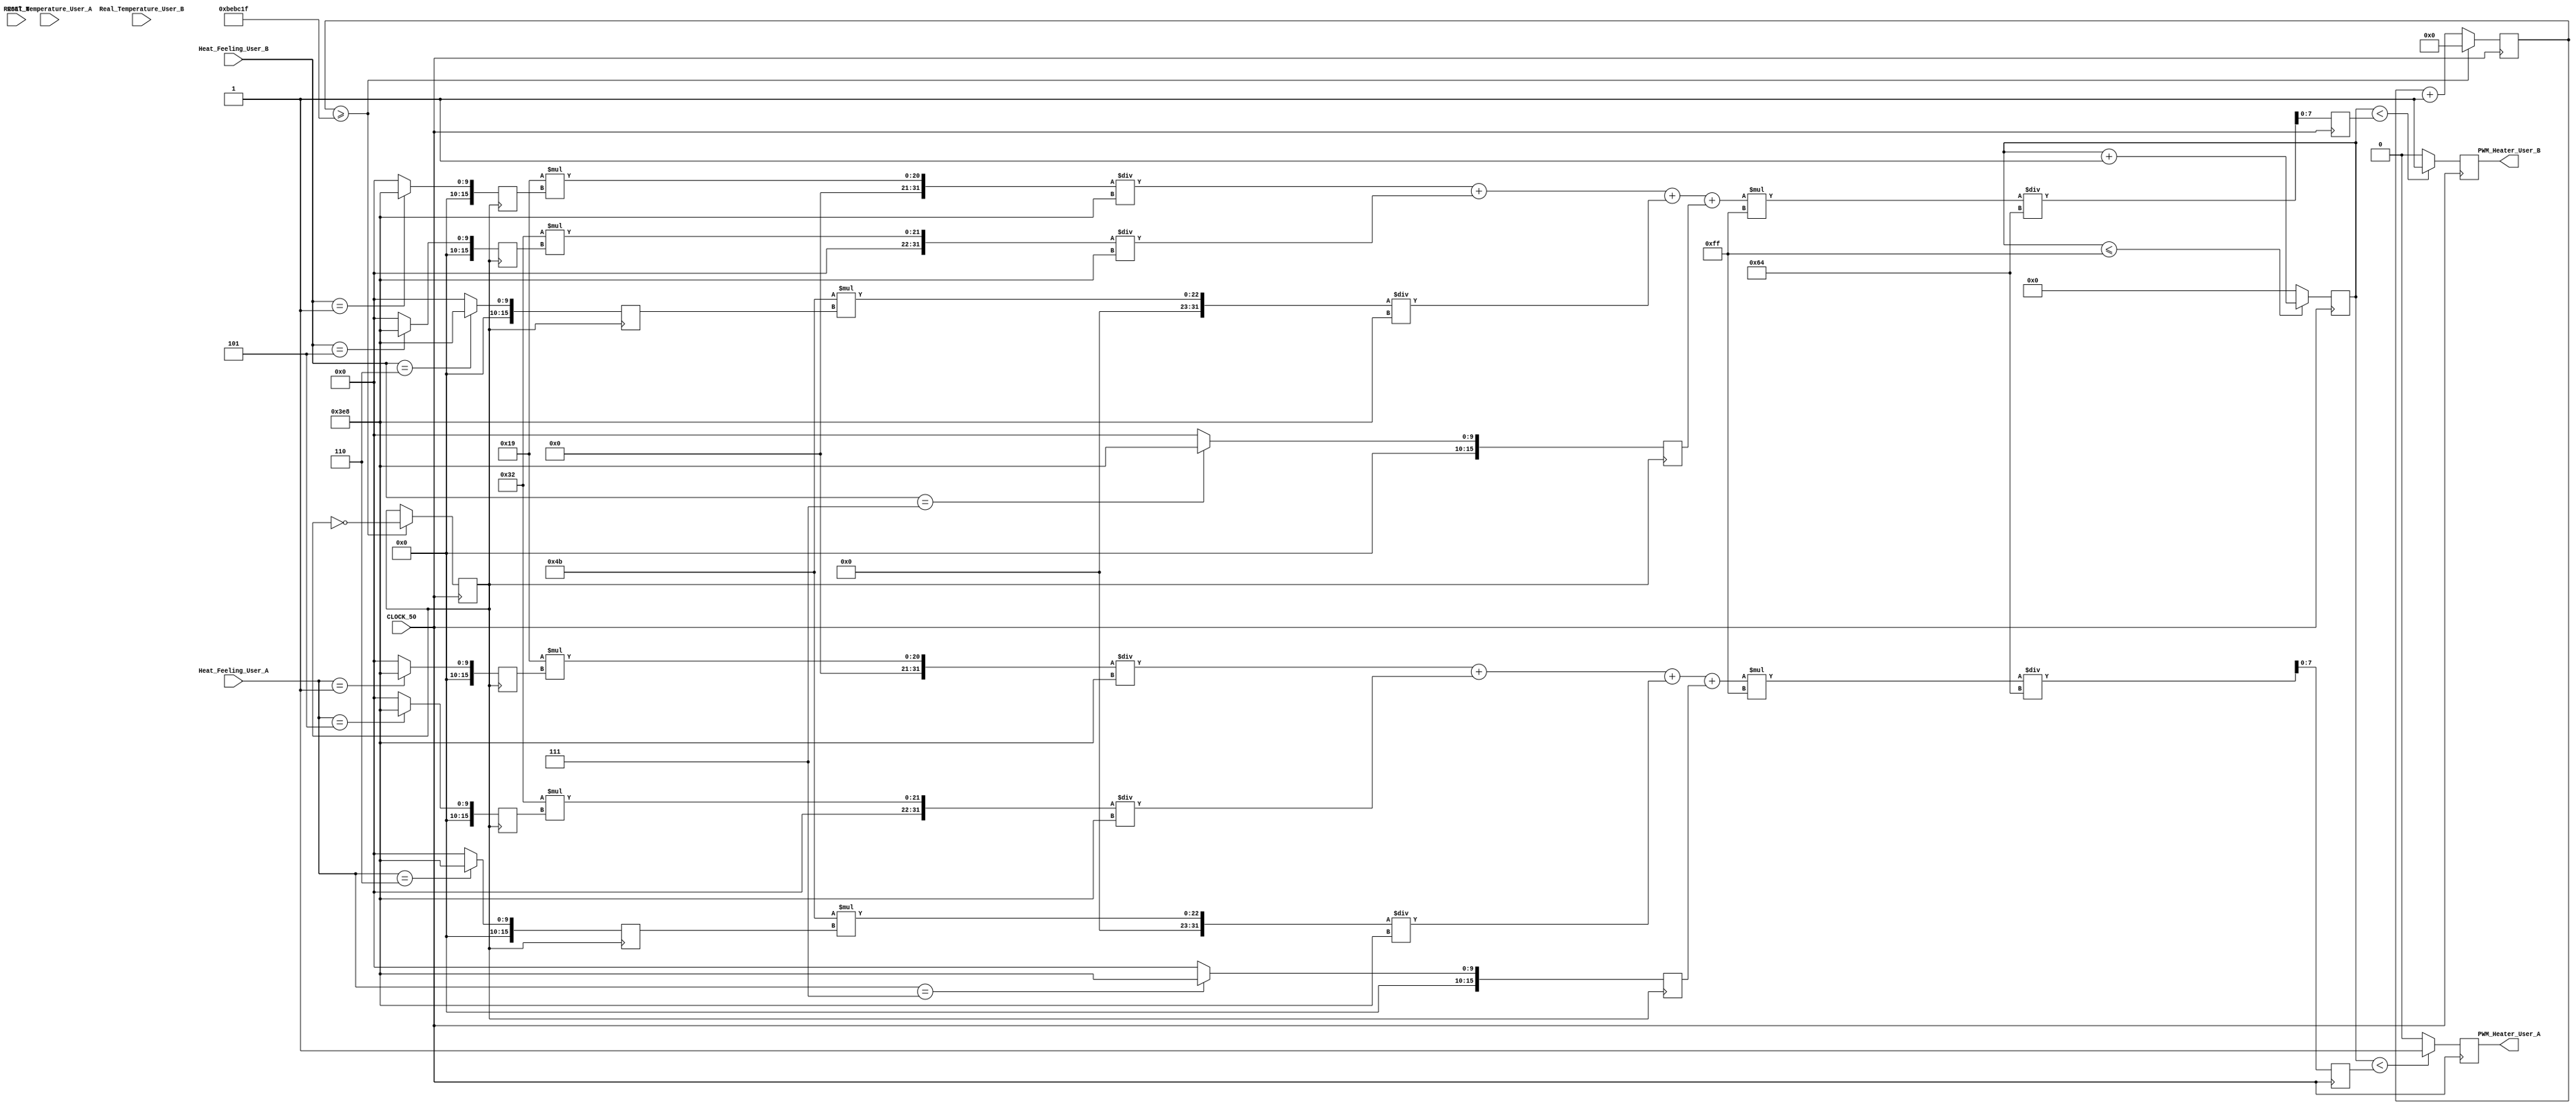
module Fuzzy_Controller (
input  						RESET_N ,
input  						CLOCK_50,
input  			[15:0]	Real_Temperature_User_A,
input				[15:0]	Real_Temperature_User_B,
input  			[2:0]		Heat_Feeling_User_A,
input				[2:0]		Heat_Feeling_User_B,

output	reg				PWM_Heater_User_A,
output	reg				PWM_Heater_User_B
);

//Clock Assignment
parameter 					CntValue = 50000000;
reg   			[31:0]   Clk_Cnt_2Hz;
reg							Clk_2Hz;
reg	 			[7:0]		PWM_Counter;

//Weight Assignment
//Weight_1 = 0%  , Weight_2 = 25%  , Weight_3 = 50%
//Weight_4 = 75% , Weight_5 = 100%
reg				[15:0]	Weight_1_A;
reg				[15:0]	Weight_2_A;
reg 				[15:0]	Weight_3_A;
reg 				[15:0]	Weight_4_A;
reg 				[15:0]	Weight_5_A;
reg				[15:0]	Weight_1_B;
reg				[15:0]	Weight_2_B;
reg 				[15:0]	Weight_3_B;
reg 				[15:0]	Weight_4_B;
reg 				[15:0]	Weight_5_B;

reg				[7:0]		DutyCycle_Heater_User_A;
reg				[7:0]		DutyCycle_Heater_User_B;

//Get 2Hz ClocK for fuzzy controller
always @(posedge CLOCK_50) begin
	if ( Clk_Cnt_2Hz >= ((CntValue/(2*2))-1)) begin
		Clk_2Hz <= ~ Clk_2Hz;
		Clk_Cnt_2Hz <= 0;
	end else begin
		Clk_2Hz <= Clk_2Hz;
		Clk_Cnt_2Hz <= Clk_Cnt_2Hz +1;
	end
end


always@(posedge CLOCK_50) begin  //PWM
	if (PWM_Counter <= 255) begin
		PWM_Counter <= PWM_Counter + 1;
	end else begin
		PWM_Counter <= 0;
	end
	
end

//User A's fuzzy controller
always @(posedge Clk_2Hz) begin
	case(Heat_Feeling_User_A)
		3'b011: begin //+3:Very Hot
			Weight_1_A <= 0;
			Weight_2_A <= 0;
			Weight_3_A <= 0;
			Weight_4_A <= 0;
			Weight_5_A <= 0;
		end
		3'b010: begin //+2:Hot
			Weight_1_A <= 0;
			Weight_2_A <= 0;
			Weight_3_A <= 0;
			Weight_4_A <= 0;
			Weight_5_A <= 0;
		end
		3'b001: begin //+1:Warm
			Weight_1_A <= 0;
			Weight_2_A <= 1000;
			Weight_3_A <= 0;
			Weight_4_A <= 0;
			Weight_5_A <= 0;
		end
		3'b101: begin //-1:Cool
			Weight_1_A <= 0;
			Weight_2_A <= 0;
			Weight_3_A <= 1000;
			Weight_4_A <= 0;
			Weight_5_A <= 0;
		end
		3'b110: begin //-2:Cold
			Weight_1_A <= 0;
			Weight_2_A <= 0;
			Weight_3_A <= 0;
			Weight_4_A <= 1000;
			Weight_5_A <= 0;
		end
		3'b111: begin //-3:Very Cold
			Weight_1_A <= 0;
			Weight_2_A <= 0;
			Weight_3_A <= 0;
			Weight_4_A <= 0;
			Weight_5_A <= 1000;
		end
		default: begin
			Weight_1_A <= 0;
			Weight_2_A <= 0;
			Weight_3_A <= 0;
			Weight_4_A <= 0;
			Weight_5_A <= 0;
		end
	endcase
end

//User B's fuzzy controller
always @(posedge Clk_2Hz) begin
	case(Heat_Feeling_User_B)
		3'b011: begin //+3:Very Hot
			Weight_1_B <= 0;
			Weight_2_B <= 0;
			Weight_3_B <= 0;
			Weight_4_B <= 0;
			Weight_5_B <= 0;
		end
		3'b010: begin //+2:Hot
			Weight_1_B <= 0;
			Weight_2_B <= 0;
			Weight_3_B <= 0;
			Weight_4_B <= 0;
			Weight_5_B <= 0;
		end
		3'b001: begin //+1:Warm
			Weight_1_B <= 0;
			Weight_2_B <= 1000;
			Weight_3_B <= 0;
			Weight_4_B <= 0;
			Weight_5_B <= 0;
		end
		3'b101: begin //-1:Cool
			Weight_1_B <= 0;
			Weight_2_B <= 0;
			Weight_3_B <= 1000;
			Weight_4_B <= 0;
			Weight_5_B <= 0;
		end
		3'b110: begin //-2:Cold
			Weight_1_B <= 0;
			Weight_2_B <= 0;
			Weight_3_B <= 0;
			Weight_4_B <= 1000;
			Weight_5_B <= 0;
		end
		3'b111: begin //-3:Very Cold
			Weight_1_B <= 0;
			Weight_2_B <= 0;
			Weight_3_B <= 0;
			Weight_4_B <= 0;
			Weight_5_B <= 1000;
		end
		default: begin
			Weight_1_B <= 0;
			Weight_2_B <= 0;
			Weight_3_B <= 0;
			Weight_4_B <= 0;
			Weight_5_B <= 0;
		end
	endcase
end


always @(posedge CLOCK_50) begin
	DutyCycle_Heater_User_A <= (((25 * Weight_2_A / 1000) + (50 * Weight_3_A / 1000) + (75 * Weight_4_A / 1000) + (Weight_5_A))*255)/100; //0% to 100%
	DutyCycle_Heater_User_B <= (((25 * Weight_2_B / 1000) + (50 * Weight_3_B / 1000) + (75 * Weight_4_B / 1000) + (Weight_5_B))*255)/100; //0% to 100%
end


always@(posedge CLOCK_50) begin
	if (PWM_Counter < DutyCycle_Heater_User_A) begin
		PWM_Heater_User_A <= 1;
	end else begin
		PWM_Heater_User_A <= 0;
	end
end
always@(posedge CLOCK_50) begin
	if (PWM_Counter < DutyCycle_Heater_User_B) begin
		PWM_Heater_User_B <= 1;
	end else begin
		PWM_Heater_User_B <= 0;
	end
end


endmodule